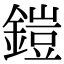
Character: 鎧